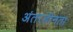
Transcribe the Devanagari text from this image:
अंतरहीनता